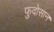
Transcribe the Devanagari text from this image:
फुदोसान